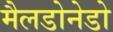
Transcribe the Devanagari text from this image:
मैलडोनेडो